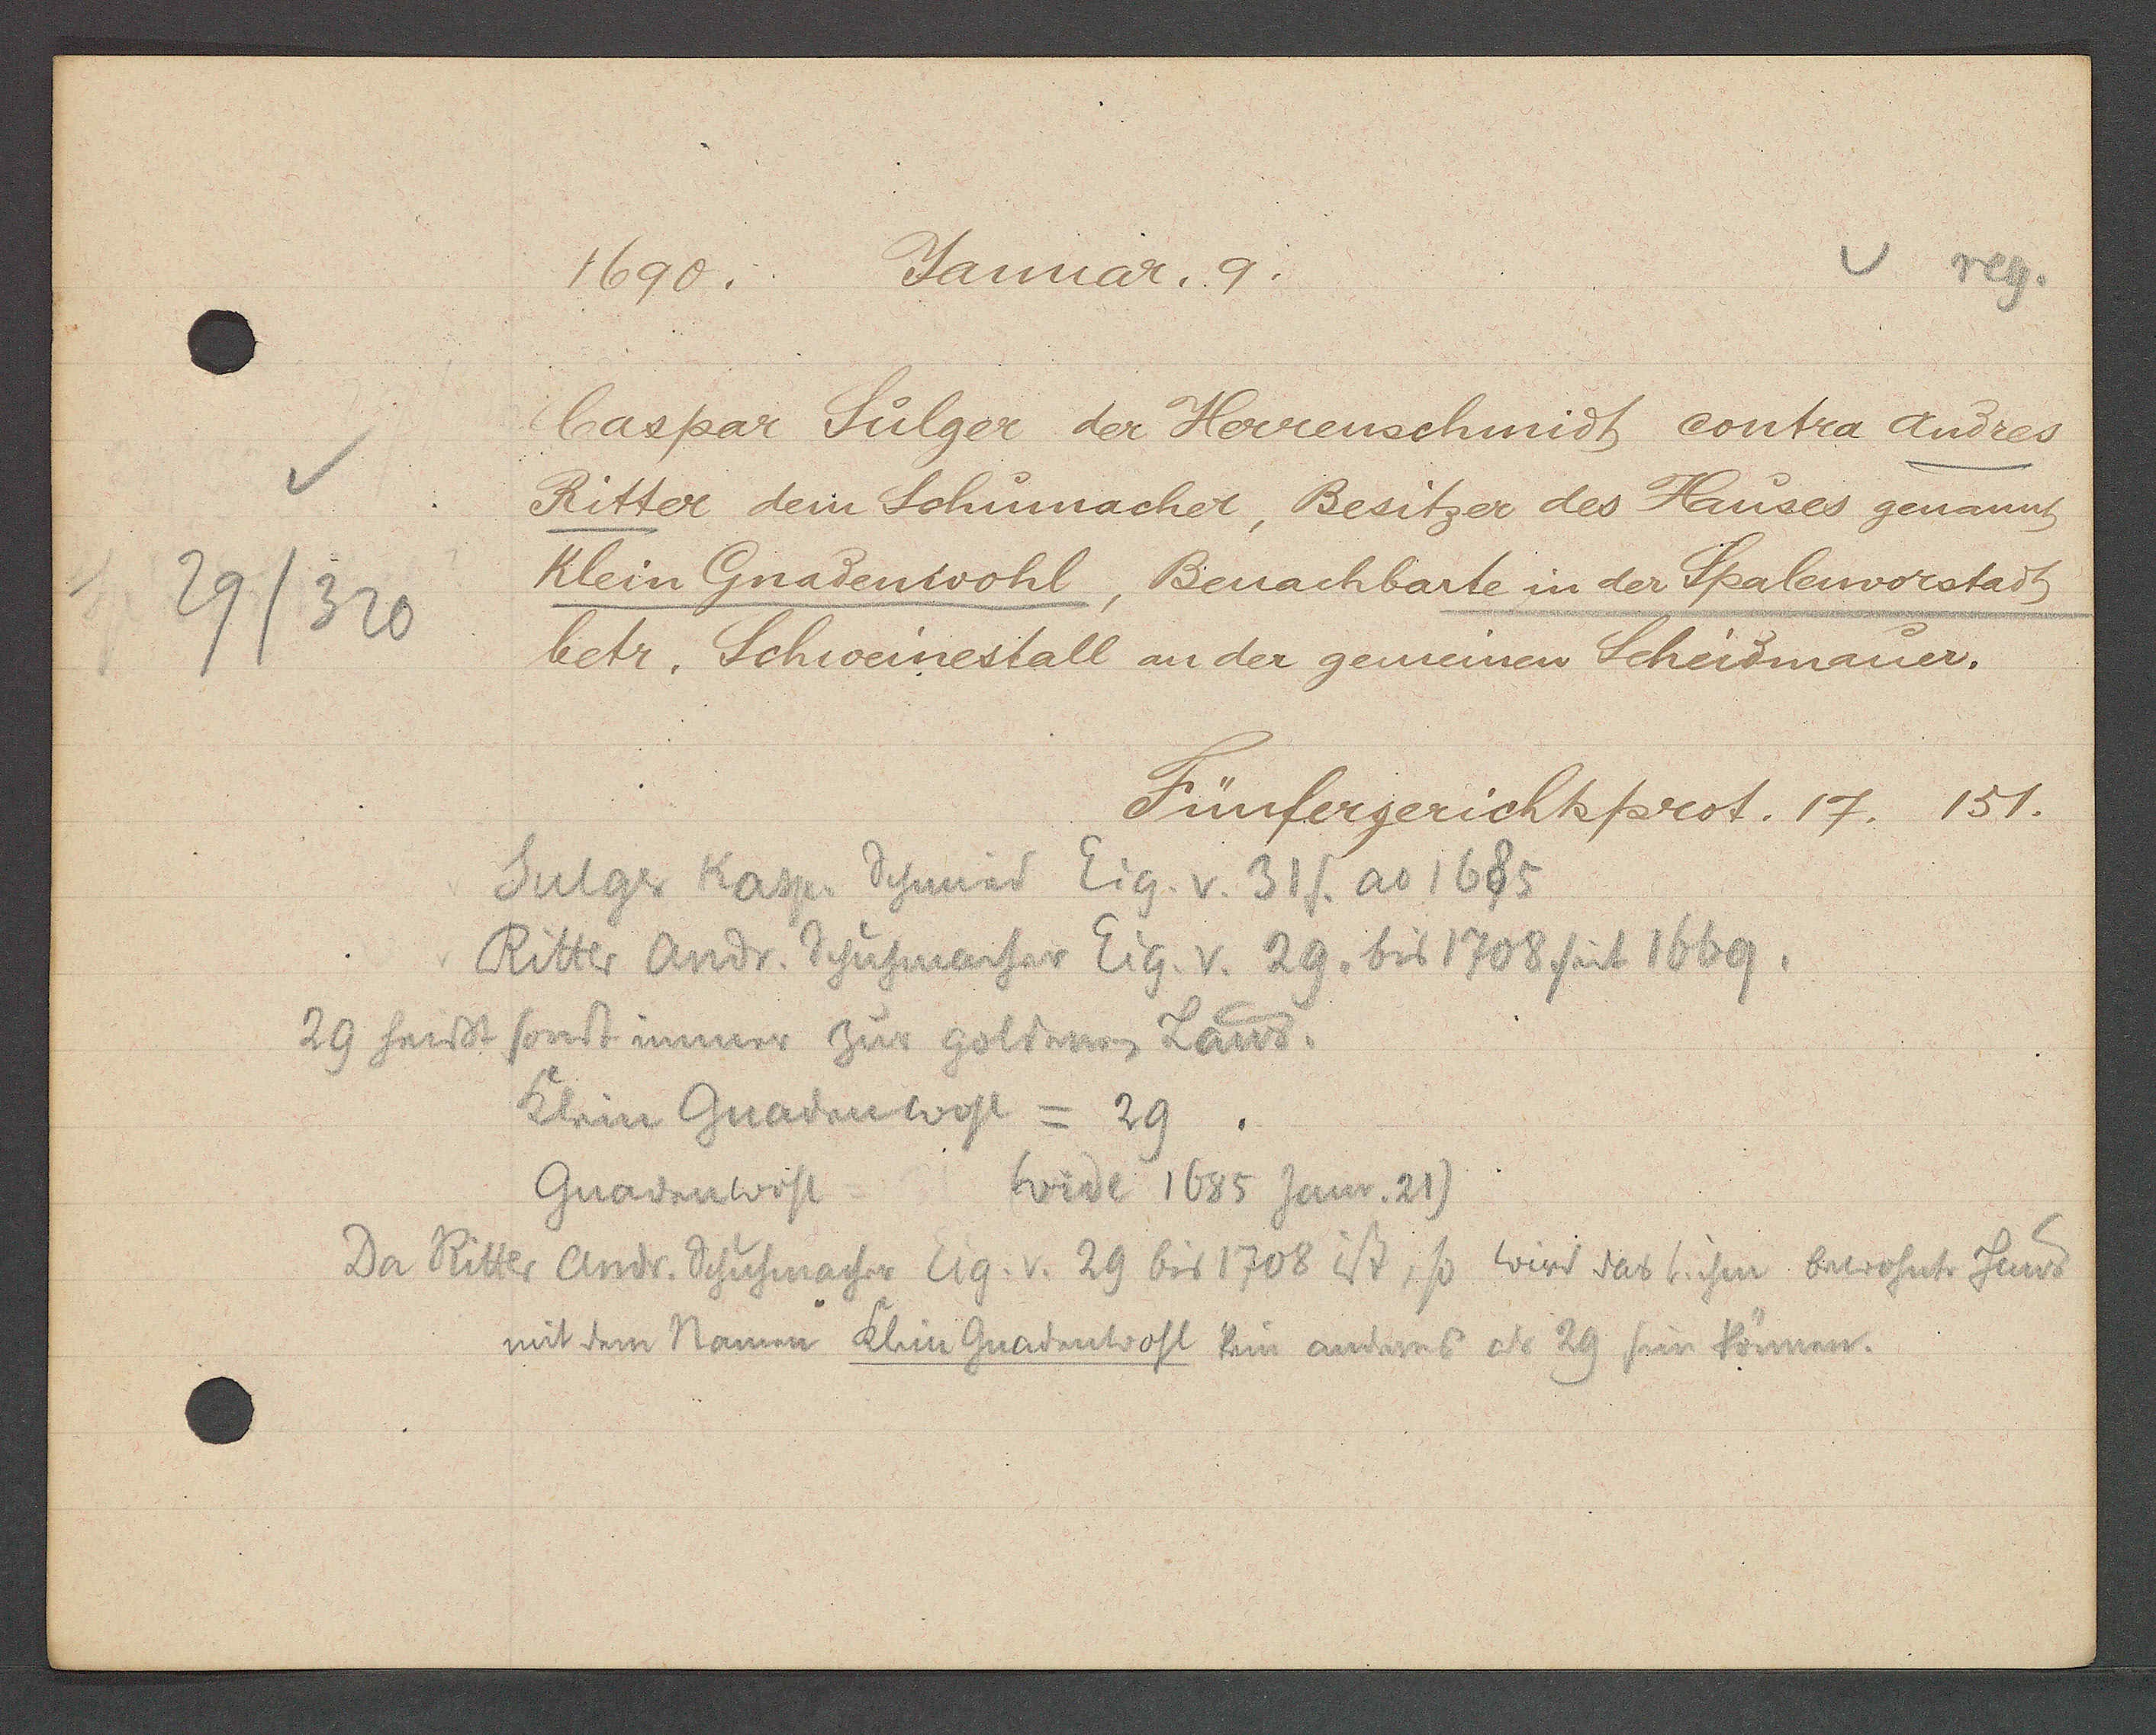
Transcript:
29/320

1690.
Januar. 9.

Caspar Sulger der Herrenschmidt contra Andres
Ritter dem Schumacher, Besitzer des Hauses genannt
Klein Gnadenwohl, Benachbarte in der Spalenvorstadt
betr. Schweinestall an der gemeinen Scheidmauer.

Fünfergerichtsprot. 17. 151.

Sulger Kasper Schmied Eig. v. 31 S. ao 1685
Ritter Andr. Schuhmacher Eig. v. 29. bis 1708 seit 1669.
29 heisst sonst immer zur goldnen Laus.
klein Gnadenwohl = 29.
Wide 1685 Janr. 21)
Gnadenwohl
Da Ritter Andr. Schuhmacher Eig. v. 29 bis 1708 ist, so wird das hier bedachte Haus
mit dem Namen klein Gnadenwohl kein anderes als 29 sein können.